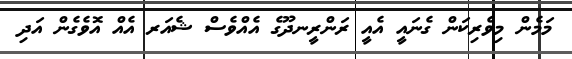
މަމެން މިވެރިކަން ގެނައީ އެއީ ރަންރީނދޫގެ އެއްވެސް ޝެއަރ އެއް އޮވެގެން އަދި